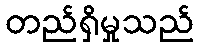
တည်ရှိမှုသည်